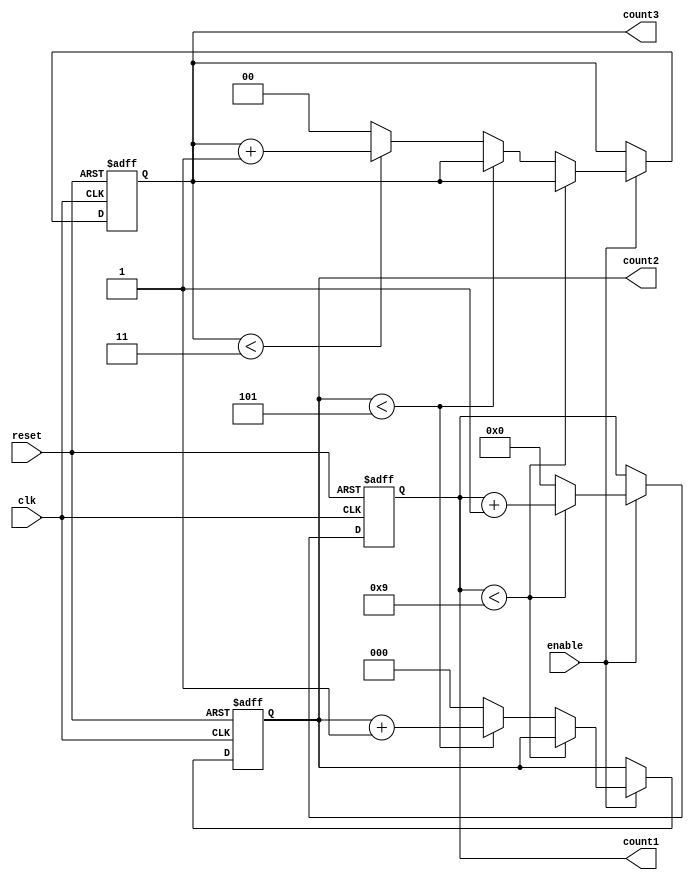
module mixed_radix_counter (
    input wire clk,           // Clock input
    input wire reset,         // Asynchronous reset
    input wire enable,        // Counter enable signal
    output reg [3:0] count1, // Stage 1 output (Radix 10)
    output reg [2:0] count2, // Stage 2 output (Radix 6)
    output reg [1:0] count3  // Stage 3 output (Radix 4)
);

// Radix constants
localparam RADIX1 = 10; // Stage 1 radix
localparam RADIX2 = 6;  // Stage 2 radix
localparam RADIX3 = 4;  // Stage 3 radix

always @(posedge clk or posedge reset) begin
    if (reset) begin
        // Asynchronous reset
        count1 <= 0;
        count2 <= 0;
        count3 <= 0;
    end else if (enable) begin
        // Increment logic for mixed radix counter
        if (count1 < RADIX1 - 1) begin
            count1 <= count1 + 1;
        end else begin
            count1 <= 0; // Reset counter 1
            if (count2 < RADIX2 - 1) begin
                count2 <= count2 + 1;
            end else begin
                count2 <= 0; // Reset counter 2
                if (count3 < RADIX3 - 1) begin
                    count3 <= count3 + 1;
                end else begin
                    count3 <= 0; // Reset counter 3
                end
            end
        end
    end
end

endmodule